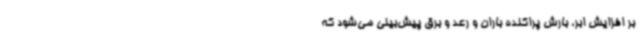
بر افزایش ابر، بارش پراکنده باران و رعد و برق پیش‌بینی می‌شود که